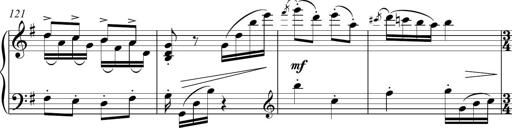
Title: Sonatina del HuÃ©car
Composer: JosÃ© Miguel Moreno Sabio